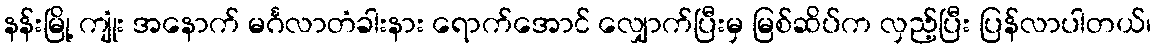
နန်းမြို့ ကျုံး အနောက် မင်္ဂလာတံခါးနား ရောက်အောင် လျှောက်ပြီးမှ မြစ်ဆိပ်က လှည့်ပြီး ပြန်လာပါတယ်၊